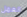
العمل